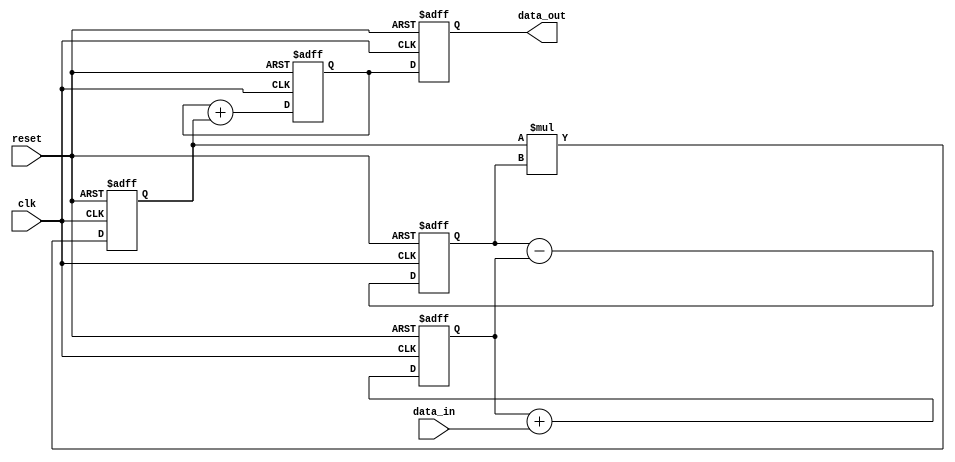
module PipelineAccumulator (
    input wire clk,
    input wire reset,
    input wire [31:0] data_in,
    output wire [31:0] data_out
);

reg [31:0] stage_1_output;
reg [31:0] stage_2_output;
reg [31:0] stage_3_output;
reg [31:0] stage_4_output;
reg [31:0] accumulator_output;

// Stage 1: Addition
always @(posedge clk or posedge reset) begin
    if (reset)
        stage_1_output <= 0;
    else
        stage_1_output <= stage_1_output + data_in;
end

// Stage 2: Subtraction
always @(posedge clk or posedge reset) begin
    if (reset)
        stage_2_output <= 0;
    else
        stage_2_output <= stage_2_output - stage_1_output;
end

// Stage 3: Multiplication
always @(posedge clk or posedge reset) begin
    if (reset)
        stage_3_output <= 0;
    else
        stage_3_output <= stage_3_output * stage_2_output;
end

// Stage 4: Addition
always @(posedge clk or posedge reset) begin
    if (reset)
        stage_4_output <= 0;
    else
        stage_4_output <= stage_4_output + stage_3_output;
end

// Accumulator Output
always @(posedge clk or posedge reset) begin
    if (reset)
        accumulator_output <= 0;
    else
        accumulator_output <= stage_4_output;
end

assign data_out = accumulator_output;

endmodule